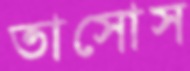
তাসোস